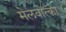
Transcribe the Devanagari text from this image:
मेलवोत्का